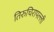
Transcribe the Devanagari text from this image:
तिरुचिरापल्‍ली